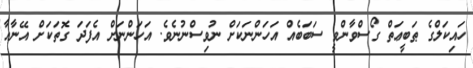
ހައިކަލްގެ ޠަބީޢަތް ގޯސްވާންވީ ސަބަބެއް އަހަންނަކަށް ނުވިސްނުނެވެ. އަހަންނަށް އެފަދަ ގޮތަކަށް އޭނާއާ